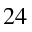
^ { 2 4 }